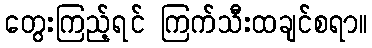
တွေးကြည့်ရင် ကြက်သီးထချင်စရာ။